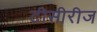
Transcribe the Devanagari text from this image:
टीसीरीज